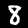
Digit: 8